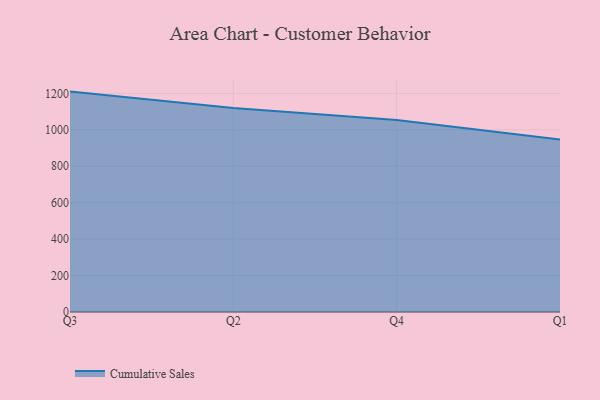
{"axis": {"x": "Quarter", "y": "Market Share (%)"}, "legend": ["Cumulative Sales"], "data": [{"x": "Q3", "y": 1209.7, "type": "Cumulative Sales"}, {"x": "Q2", "y": 1119.4, "type": "Cumulative Sales"}, {"x": "Q4", "y": 1054.4, "type": "Cumulative Sales"}, {"x": "Q1", "y": 947.4, "type": "Cumulative Sales"}]}